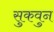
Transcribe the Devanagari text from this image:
सुकवुन